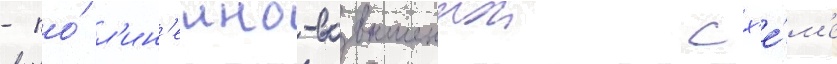
- по́ л'ин'еино-возвышеннои сх'е́м'е